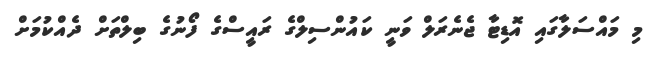
މި މައްސަލާގައި އޮޑިޓާ ޖެނެރަލް ވަނީ ކައުންސިލްގެ ރައީސްގެ ފޯނުގެ ބިލްތަށް ދެއްކުމަށް